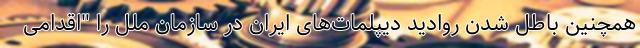
همچنین باطل شدن روادید دیپلمات‌های ایران در سازمان ملل را "اقدامی